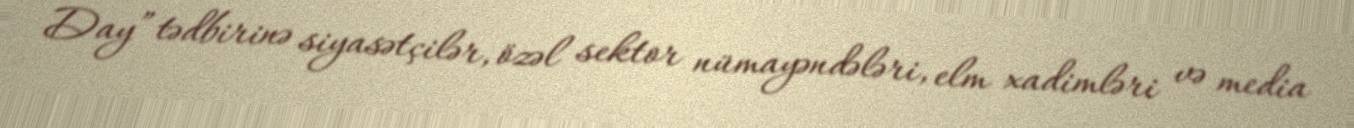
Day” tədbirinə siyasətçilər, özəl sektor nümayəndələri, elm xadimləri və media